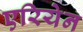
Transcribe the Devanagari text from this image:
एरियेन